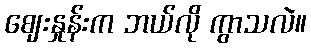
ဈေးနှုန်းက ဘယ်လို ကွာသလဲ။